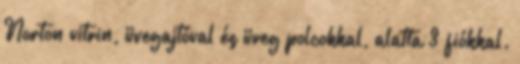
Norton vitrin, üvegajtóval és üveg polcokkal, alatta 3 fiókkal.